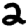
Digit: 2